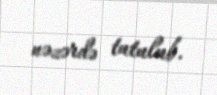
nəzərdə tutulub.